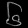
Digit: ၆